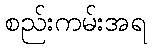
စည်းကမ်းအရ